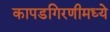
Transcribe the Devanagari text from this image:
कापडगिरणीमध्ये